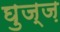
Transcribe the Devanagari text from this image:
घुज्ज़